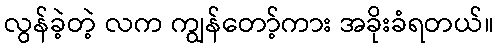
လွန်ခဲ့တဲ့ လက ကျွန်တော့်ကား အခိုးခံရတယ်။